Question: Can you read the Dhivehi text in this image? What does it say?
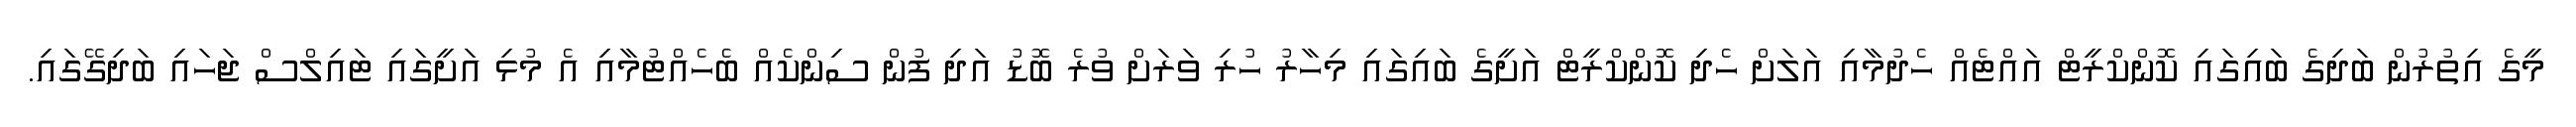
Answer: މީގެ އިތުރުން ބަދިގެ ބައިގައި ކޮންކްރީޓް އައްޓެއް ހެދުމާއި އަލަށް ހެދި ކޮންކްރީޓް އަށީގެ ބައިގައި މިހާރު ހުރި ވަރަށް ވުރެ ބޮޑު އަދި ފުން ސިންކެއް ބެހެއްޓުމާއި އެ މުޅި އަށީގައި ޓައިލްސް ޖަހައި ބަދިގޭގައި.